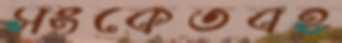
সংকেতবহ